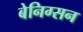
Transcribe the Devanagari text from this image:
बेनिग्सन